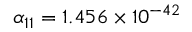
\alpha _ { 1 1 } = 1 . 4 5 6 \times 1 0 ^ { - 4 2 }